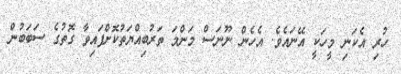
ހުރި އެކަނި މީހަކީ އޭނައެވެ. އެހެން ނޫނަސް މަންމަ ތަރުބިއްޔަތުކޮށްފައިވާ ގޮތުގެ ސަބަބުން